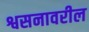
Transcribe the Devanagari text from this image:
श्वसनावरील